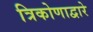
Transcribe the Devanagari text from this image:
त्रिकोणाद्वारे